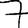
Digit: 7